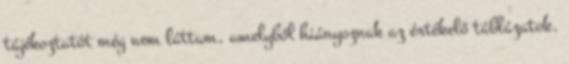
tájékoztatót még nem láttam, amelyből hiányoznak az értékelő táblázatok.